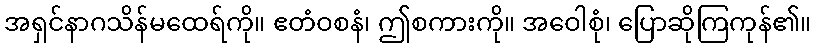
အရှင်နာဂသိန်မထေရ်ကို။ ဧတံဝစနံ၊ ဤစကားကို။ အဝေါစုံ၊ ပြောဆိုကြကုန်၏။